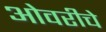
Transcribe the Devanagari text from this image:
ओवरीचे